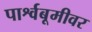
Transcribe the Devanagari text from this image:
पार्श्वबूमीवर